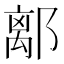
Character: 𨝏